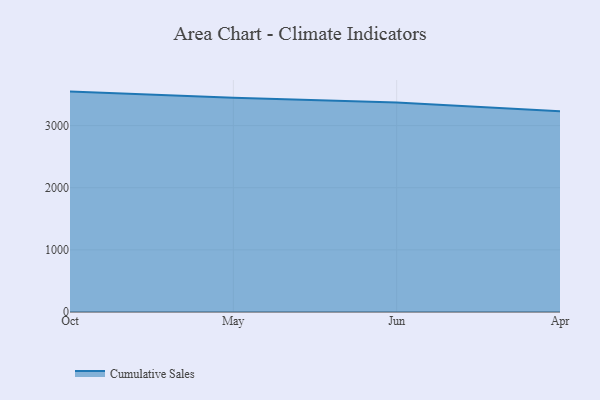
{"axis": {"x": "Month", "y": "Website Visitors"}, "legend": ["Cumulative Sales"], "data": [{"x": "Oct", "y": 3547.0, "type": "Cumulative Sales"}, {"x": "May", "y": 3447.6, "type": "Cumulative Sales"}, {"x": "Jun", "y": 3370.1, "type": "Cumulative Sales"}, {"x": "Apr", "y": 3230.3, "type": "Cumulative Sales"}]}